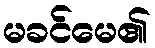
မခင်မေ၏